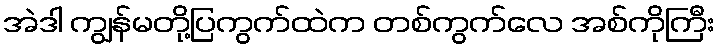
အဲဒါ ကျွန်မတို့ပြကွက်ထဲက တစ်ကွက်လေ အစ်ကိုကြီး